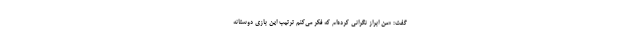
گفت: «من ابراز نگرانی کرده‌ام که فکر می‌کنم ترتیب این بازی دوستانه